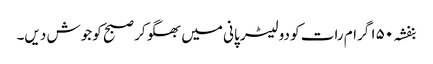
بنفشہ ۱۵۰ گرام رات کو دو لیٹر پانی میں بھگو کر صبح کو جوش دیں۔